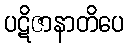
ပဋိဇာနာတိပေ